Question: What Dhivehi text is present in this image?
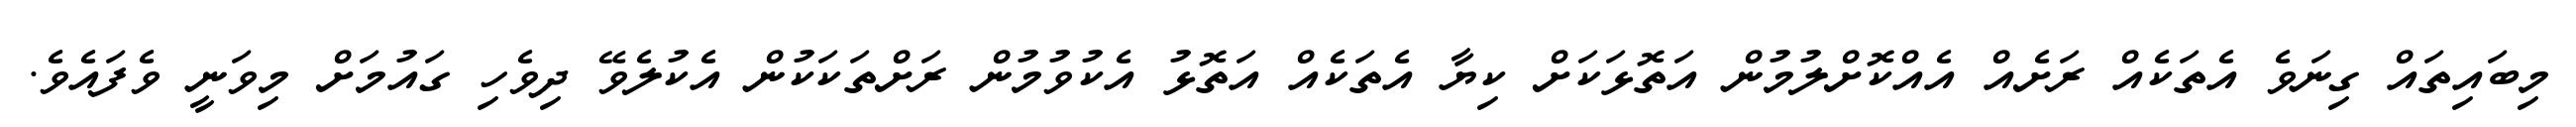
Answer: މިބައިތައް ގިނަވެ އެތަކެއް ރަށެއް އެއްކޮށްލުމުން އަތޮޅަކަށް ކިޔާ އެތަކެއް އަތޮޅު އެކުވުމުން ރަށްތަކަކުން އެކުލެވޭ ދިވެހި ގައުމަށް މިވަނީ ވެފައެވެ.